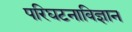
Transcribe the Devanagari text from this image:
परिघटनाविज्ञान